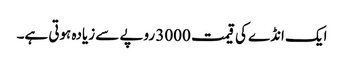
ایک انڈے کی قیمت 3000 روپے سے زیادہ ہوتی ہے۔